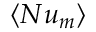
\boldsymbol { \langle N u _ { m } \rangle }